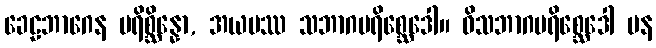
ခေဠဘာဂေန ပရိစ္ဆိန္နော, အယမဿ သဘာဂပရိစ္ဆေဒေါ။ ဝိသဘာဂပရိစ္ဆေဒေါ ပန